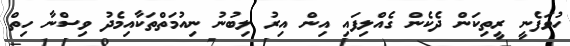
ހުވަފެނީ ރީތިކަން ދެކެން ގެއްލިފައި އިން އިރު ލިބުނު ނިއުމަތްތަކާއިމެދު ވިސްނާ ހިތް